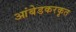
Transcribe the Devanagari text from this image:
आंबेडकरकृत